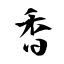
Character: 香